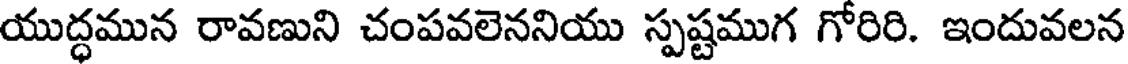
యుద్ధమున రావణుని చంపవలెననియు స్పష్టముగ గోరిరి. ఇందువలన